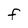
Character: F